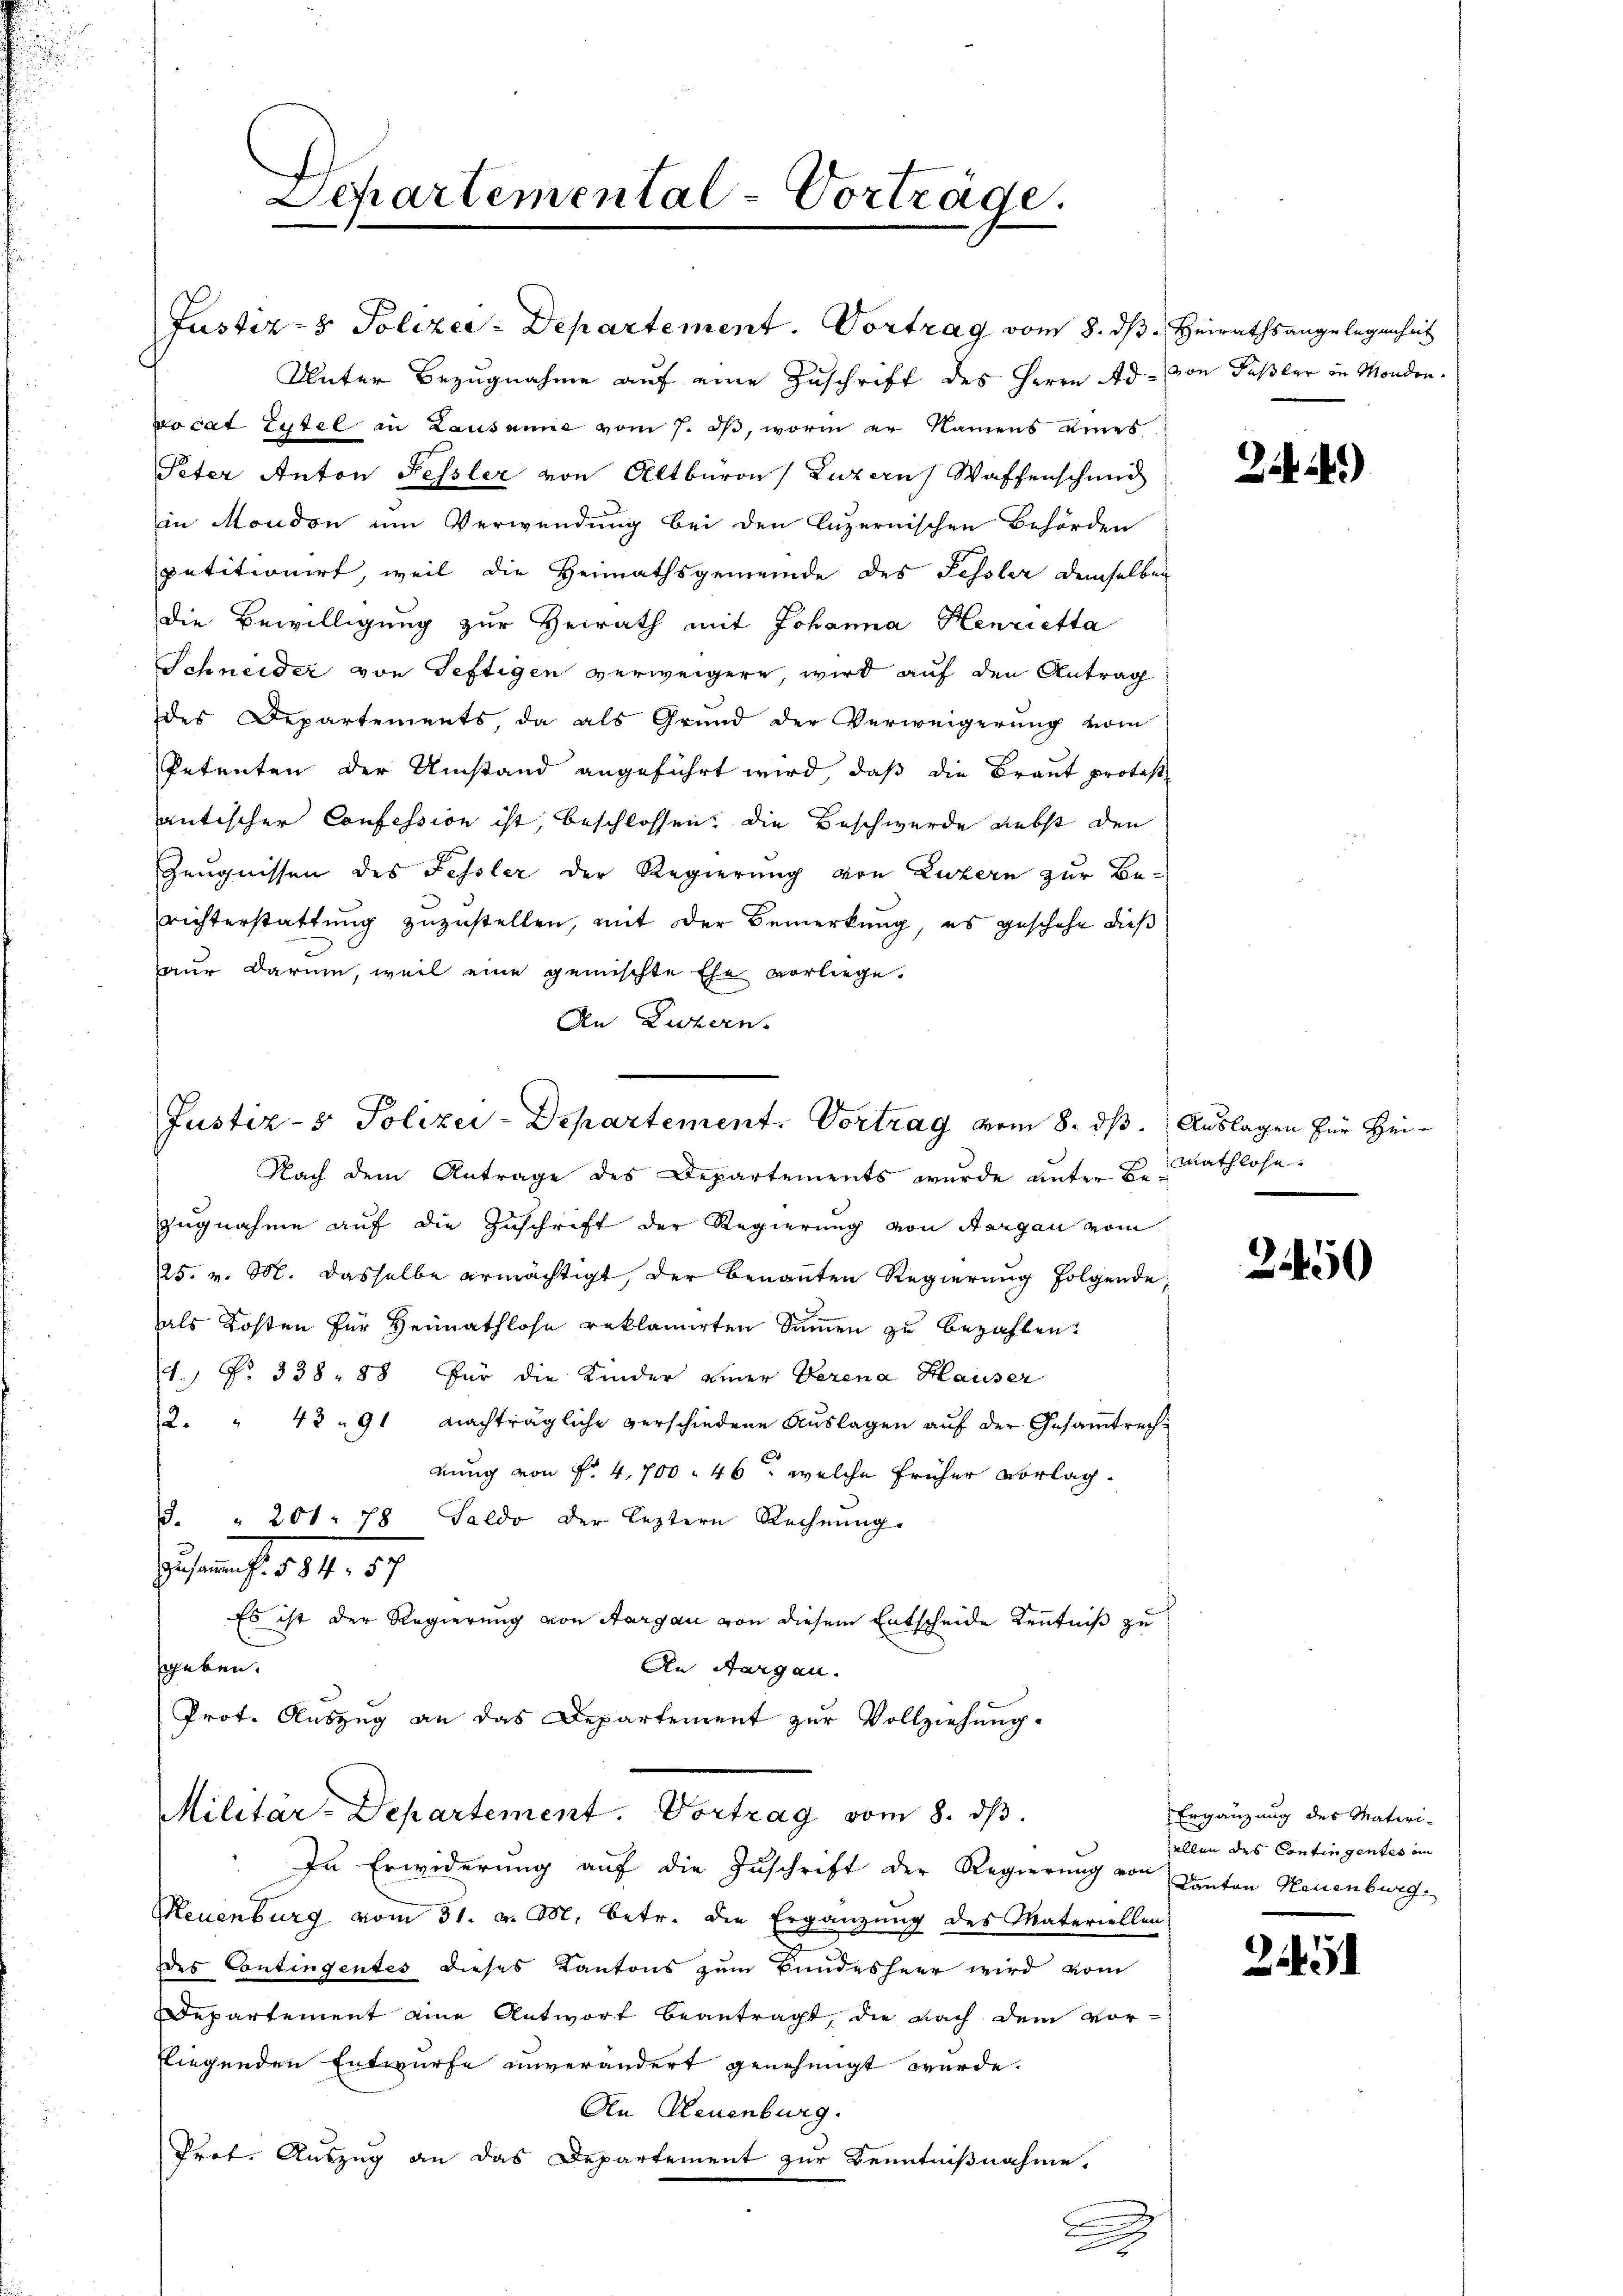
Justiz- & Polizei-Departement. Vortrag vom 8. ds. Heirathsangelegenheit
Unter Bezugnahme auf eine Zuschrift des Herrn Ad- von Füßler in Mondenvocat Entel an Lausanne vom 7. I, worin er Namens aner
Peter Anton Fessler von Altburon Luzern Waffenschmid
in Moudon um Verwendung bei den luzernischen Behörden
petitionirt, weil die Heimathsgemeinde des Fessler demselben
Die Bewilligung zur Heirath mit Johanna Henrietta
Schneider von Seftigen verweigern, wird auf den Antrag
des Departements, da als Grund der Verweigerung vom
Petenten der Umstand angeführt wird, daß die Braut protest
antischer Confession ist, beschlossen, die Beschwerde nebst den
Zeugnissen des Fessler der Regierung von Luzern zur Be-
richterstattung zuzustellen, mit der Bemerkung, es geschehe dieß
nur darum, weil eine gemischte Ehe vorliege.
An Luzern.

Justiz- & Polizei-Departement. Vortrag vom 8. ds. Auslagen für Hei¬

Departemental-Vorträge.

Nach dem Antrage des Departements wurde ŭnter de mathlose.
zugnahme auf die Zuschrift der Regierung von Aargau vom
25. v. M. dasselbe ermächtigt, der benannten Regierung folgende
als Kosten für Heimathlose reklamirten Summen zu bezahlen.
4., N. 338, 88 für die Kinder einer Verena Hauser
2. " 43. 91 Nachträgliche verschiedene Aŭslagen aŭf der Gesaṁtrech-
rung von Nr. 4,700 - 46, welche früher Vorlag.
. " 201. 78 Saldo der leztern Rechnung.
zusammen f. 584. 57
Es ist der Regierung von Aargau von diesem Entscheide Kenntniß zu
sgeben.
An Aargau.
Prot. Auszug an das Departement zur Vollziehung.
Militär-Departement. Vortrag vom 8. dβ.
In Erwiderung auf die Zuschrift der Regierung von Kanton Neuenburg
Neuenburg vom 31. v. M. betr. die Ergänzung des Materiellen,
des Contingentes dieses Kantons zum Bundesheer wird vom
Departement eine Antwort beantragt, die nach dem vor-
fliegenden Entwurfe unverändert genehmigt wurde.
An Neuenburg.
Pret. Auszug an das Departement zur Kenntnißnahme.

e

24)

2450

Ergänzung des Materiellen des Contingentes in

2